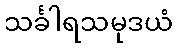
သင်္ခါရသမုဒယံ